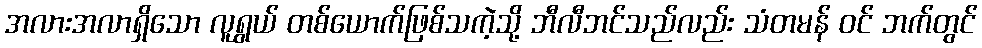
အလားအလာရှိသော လူရွယ် တစ်ယောက်ဖြစ်သကဲ့သို့ ဘီလီဘင်သည်လည်း သံတမန် ဝင် ဘက်တွင်